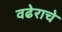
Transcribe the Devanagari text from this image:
वढेराचे